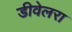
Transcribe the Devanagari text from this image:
डीवेलरा